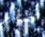
تضطر